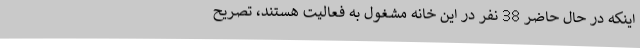
اینکه در حال حاضر 38 نفر در این خانه مشغول به فعالیت هستند، تصریح